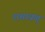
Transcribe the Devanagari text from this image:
रामायण्